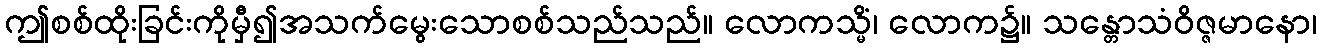
ဤစစ်ထိုးခြင်းကိုမှီ၍အသက်မွေးသောစစ်သည်သည်။ လောကသ္မိံ၊ လောက၌။ သန္တောသံဝိဇ္ဇမာနော၊